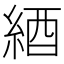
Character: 綇